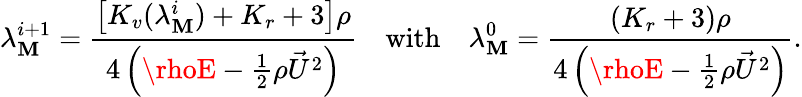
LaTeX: \lambda_{\mathbf{M}}^{i+1}=\frac{{\left[K_{v}(\lambda_{\mathbf{M}}^{i})+K_{r}+3\right]\rho}}{{4\left(\rhoE-\frac{{1}}{{2}}\rho\vec{{U}}^{2}\right)}}\quad\mathrm{{with}}\quad\lambda_{\mathbf{M}}^{0}=\frac{{\left(K_{r}+3\right)\rho}}{{4\left(\rhoE-\frac{{1}}{{2}}\rho\vec{{U}}^{2}\right)}}.